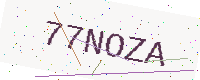
Text: 77NOZA